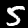
Digit: 5